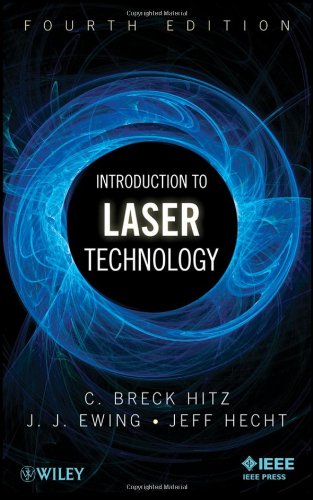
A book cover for Introduction to Laser Technology; C. Breck Hitz; Science & Math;